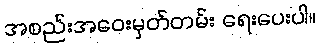
အစည်းအဝေးမှတ်တမ်း ရေးပေးပါ။